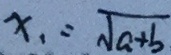
x _ { 1 } = \sqrt { a + b }